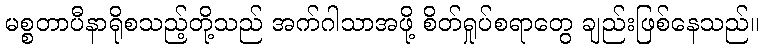
မစ္စတာပီနာရိုစသည့်တို့သည် အက်ဂါသာအဖို့ စိတ်ရှုပ်စရာတွေ ချည်းဖြစ်နေသည်။